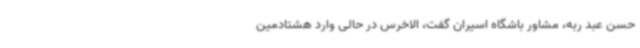
حسن عبد ربه، مشاور باشگاه اسیران گفت، الاخرس در حالی وارد هشتادمین